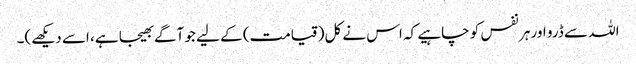
اللہ سے ڈرو اور ہر نفس کو چاہیے کہ اس نے کل(قیامت) کے لیے جو آگے بھیجا ہے، اسے دیکھے)۔